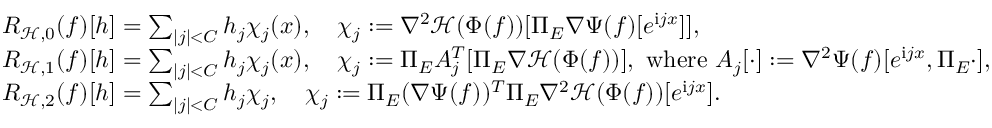
\begin{array} { r l } & { R _ { \mathcal { H } , 0 } ( f ) [ h ] = \sum _ { | j | < C } h _ { j } \chi _ { j } ( x ) , \quad \chi _ { j } : = \nabla ^ { 2 } \mathcal { H } ( \Phi ( f ) ) [ \Pi _ { E } \nabla \Psi ( f ) [ e ^ { \mathrm { i } j x } ] ] , } \\ & { R _ { \mathcal { H } , 1 } ( f ) [ h ] = \sum _ { | j | < C } h _ { j } \chi _ { j } ( x ) , \quad \chi _ { j } : = \Pi _ { E } A _ { j } ^ { T } [ \Pi _ { E } \nabla \mathcal { H } ( \Phi ( f ) ) ] , \mathrm { ~ w h e r e ~ } A _ { j } [ \cdot ] : = \nabla ^ { 2 } \Psi ( f ) [ e ^ { \mathrm { i } j x } , \Pi _ { E } \cdot ] , } \\ & { R _ { \mathcal { H } , 2 } ( f ) [ h ] = \sum _ { | j | < C } h _ { j } \chi _ { j } , \quad \chi _ { j } : = \Pi _ { E } ( \nabla \Psi ( f ) ) ^ { T } \Pi _ { E } \nabla ^ { 2 } \mathcal { H } ( \Phi ( f ) ) [ e ^ { \mathrm { i } j x } ] . } \end{array}